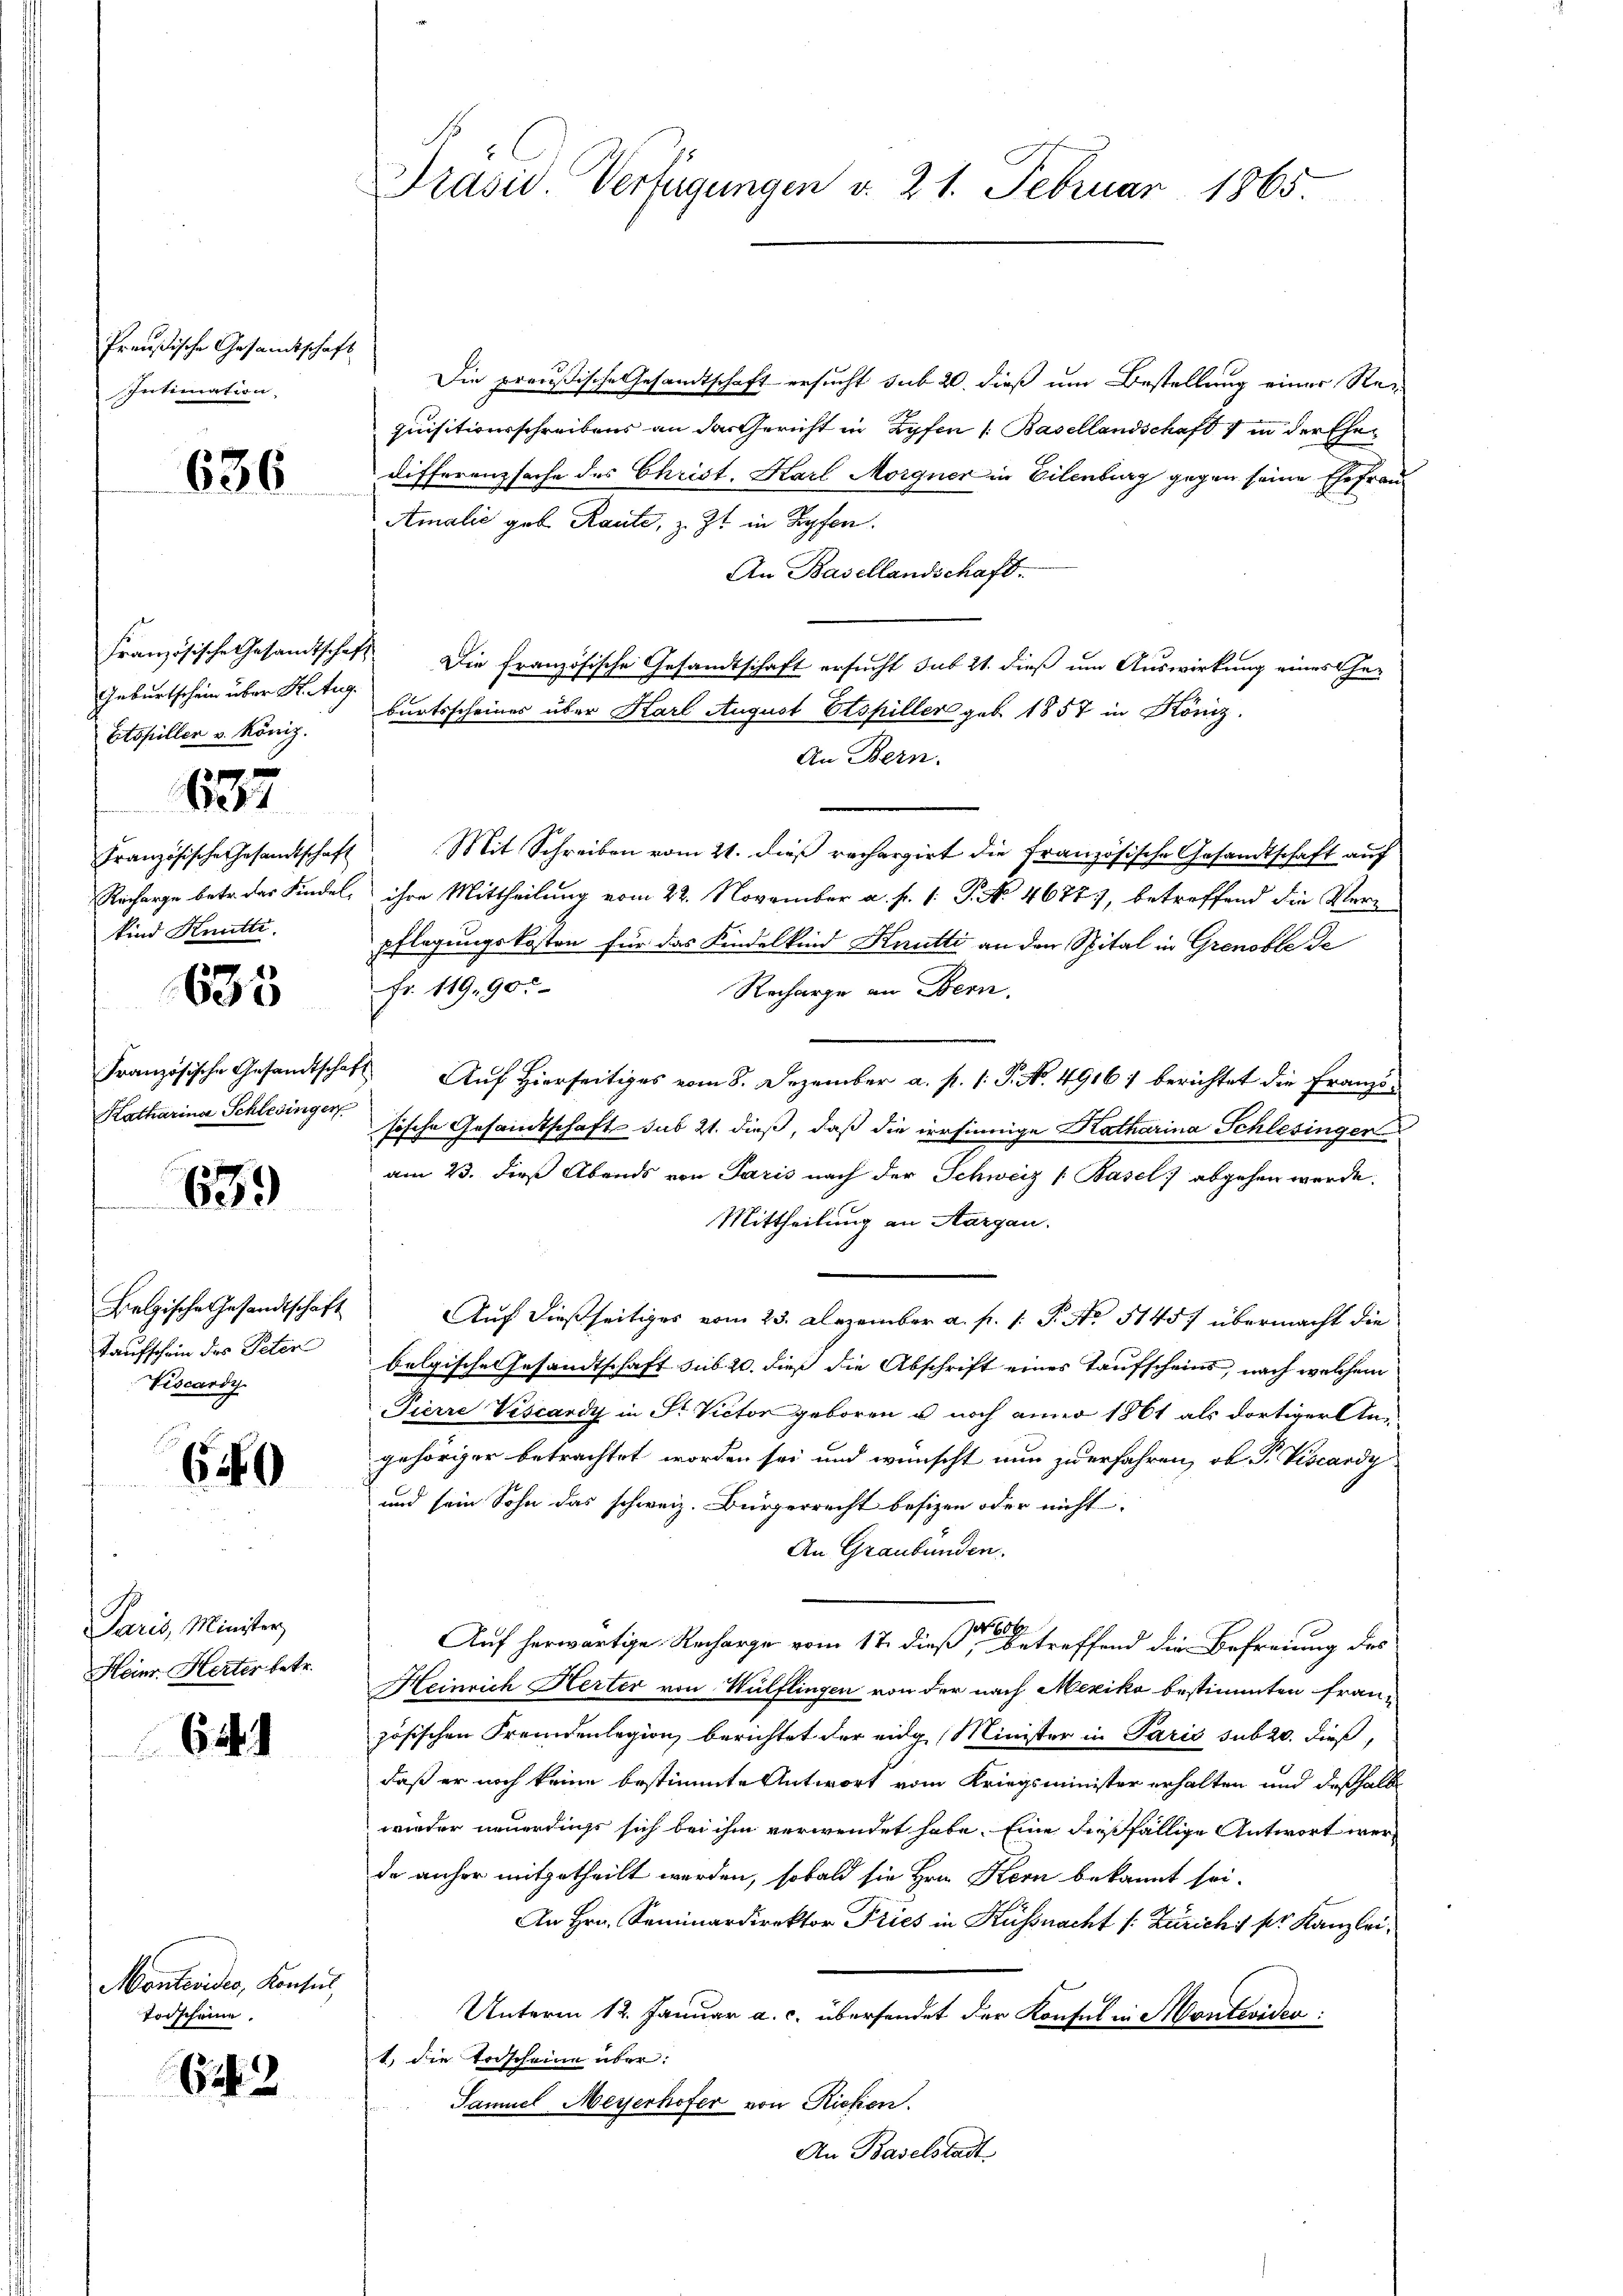
Preußische Gesandtschaft
Intimation.

636

Geburtschein über K. Aug.
Etopillen v. König.

687

Französische Gesandtschaft
kind Knütte.

635

Französische Gesandtscha
Katharina Schlesinger

639

Belgische Gesandtschaft
taufschein des Peten
Viscardy

69

Paris, Minister
Heinr. Herter betr.

644

Montevides, Konsul
Vorscheine.

6243

Präsid. Verfügungen v. 21. Februar 1865.

Die preußische Gesandtschaft ersucht sub 20. dieß um Bestellung einer Requisitionsschreibens an das Gericht in Lyfen 1. Basellandschaft 1 in der Ehe¬
Differenzsache des Christ. Karl Morgner in Eilenburg gegen seine Ehefrau
Amalić geb. Raute, z. Zt. in Zypfen.
An Basellandschaft.
Französische Gesandtschaft Die französische Gesandtschaft ersucht sub 21. dieß um Auswirkung eines Geburtsscheines über Karl August Etspiller geb. 1857 in Köniz.
An Bern.
Mit Schreiben vom 21. dieß rechargirt die Französische Gesandtschaft auf
Recharge betr. das Kindel, ihre Mittheilung vom 22. November a. f. 1: P. No 4677), betreffend die Verpflegungskosten für das Kindelkind Knutti an den Spital in Grenoble de
Fr. 119, 90
Recharge an Bern.
 Auf Hierseitiges vom 8. Dezember a. p. 1. P. No. 4916) berichtet die Franzisische Gesamtschaft sub 21. dieß, daß die irrsinnige Katharina Schlesinger
am 23. dieß Abends von Paris nach der Schweiz (Basel abgehen werde.
Mittheilung an Aargau.
Auf dießseitiges vom 23. Dezember a. f. 1. P. No 5145) übermacht die
belgische Gesandtschaft sub 20. dieß die Abschrift eines Taufscheins, nach welchem
Pierre Viscardy in Sr. Victor geboren u noch anno 1861 als dortiger Angehöriger betrachtet worden sei und wünscht nun zu erfahren, ob P. Viscardy
und sein Sohn das schweiz. Bürgerrecht besizen oder nicht
An Graubünden.
 606
Auf herwärtige Recharge vom 17. dieß, betreffend die Befreiung des
Heinrich Herter von Wülflingen von der nach Mexiko bestimmten fran-
zösischen Fremdenlegion berichtet der eidg. Minister in Paris subro dieß,
daß er noch keine bestimmte Antwort vom Kriegsminister erhalten und deßhalb
wieder neuerdings sich bei ihm verwendet habe. Eine dießfällige Antwort werde anher mitgetheilt werden, sobald sie Hrn. Kern bekannt sei.
An Hrn. Seminardirektor Pries in Küssnacht /: Zürich 1 pr. Kanzlei¬
Unterm 12. Januar a. c. übersendet der Konsul in Montevider
1) die Erdscheine über:
Samuel Meyerhofer von Riesen.
An Baselstadt